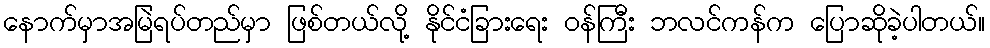
နောက်မှာအမြဲရပ်တည်မှာ ဖြစ်တယ်လို့ နိုင်ငံခြားရေး ဝန်ကြီး ဘလင်ကန်က ပြောဆိုခဲ့ပါတယ်။